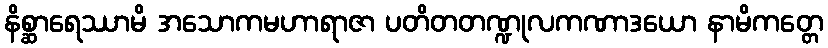
နိစ္ဆာရေဿာမိ အသောကမဟာရာဇာ ပတိတတဏ္ဍုလကဏာဒယော နာမိကတ္တေ